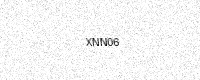
Text: XNN06